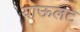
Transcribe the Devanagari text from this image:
याऊलट